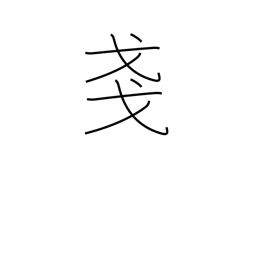
Meaning: slight